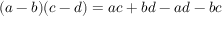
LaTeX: ( a - b ) ( c - d ) = a c + b d - a d - b c